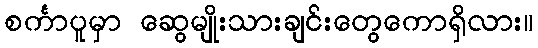
စင်္ကာပူမှာ ဆွေမျိုးသားချင်းတွေကောရှိလား။